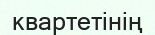
квартетінің